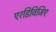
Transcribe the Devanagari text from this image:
एरडिविजिए